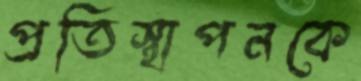
প্রতিস্থাপনকে